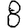
Digit: 8